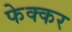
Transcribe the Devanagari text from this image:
फेक्कर